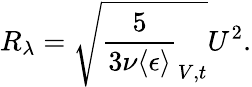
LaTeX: R_{\lambda}=\sqrt{\frac{5}{3\nu\langle\epsilon\rangle}_{V,t}}U^{2}.